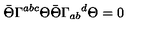
\bar { \Theta } \Gamma ^ { a b c } \Theta \bar { \Theta } \Gamma _ { a b } { } ^ { d } \Theta = 0